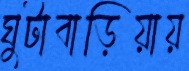
ঘুটাবাড়িয়ায়